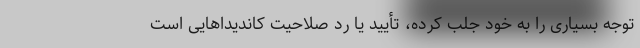
توجه بسیاری را به خود جلب کرده، تأیید یا رد صلاحیت کاندیداهایی است